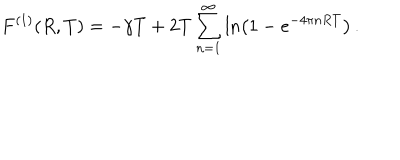
F ^ { ( 1 ) } ( R , T ) = - \gamma T + 2 T \sum _ { n = 1 } ^ { \infty } \ln \left( 1 - e ^ { - 4 \pi n R T } \right) \, { . }